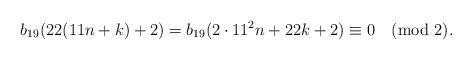
\begin{align*}b_{19}(22(11n+k)+2)=b_{19}(2\cdot 11^2n+22k+2)\equiv 0\pmod2.\end{align*}